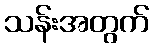
သန်းအတွက်